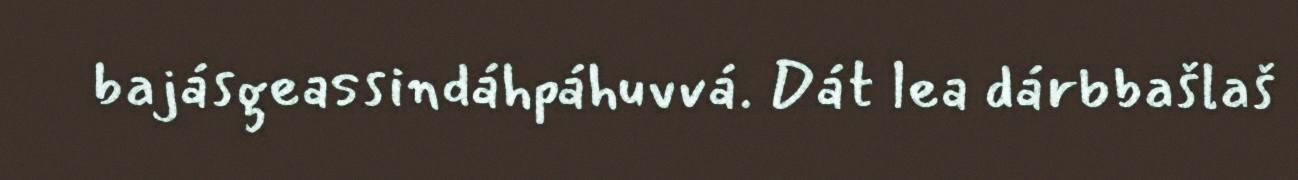
bajásgeassindáhpáhuvvá. Dát lea dárbbašlaš